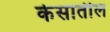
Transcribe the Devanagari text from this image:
केसातील